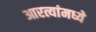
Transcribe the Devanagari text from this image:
आरत्यांमध्ये